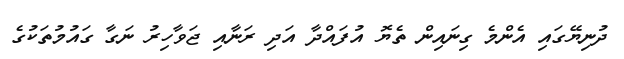
ދުނިޔޭގައި އެންމެ ގިނައިން ތެޔޮ އުފައްދާ އަދި ރަނާއި ޖަވާހިރު ނަގާ ގައުމުތަކުގެ